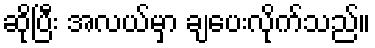
ဆိုပြီး အလယ်မှာ ချပေးလိုက်သည်။